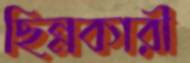
ছিন্নকারী